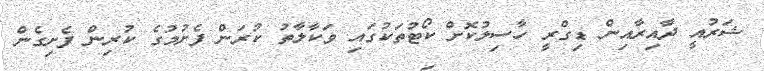
ޝަރުއީ ދާއިރާއިން ޑިގްރީ ހާސިލުކޮށް ކޯޓުތަކުގައި ވަކާލާތު ކުރަން ފެށުމުގެ ކުރިން ފެށިގެން